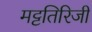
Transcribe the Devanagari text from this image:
मट्टतिरिजी